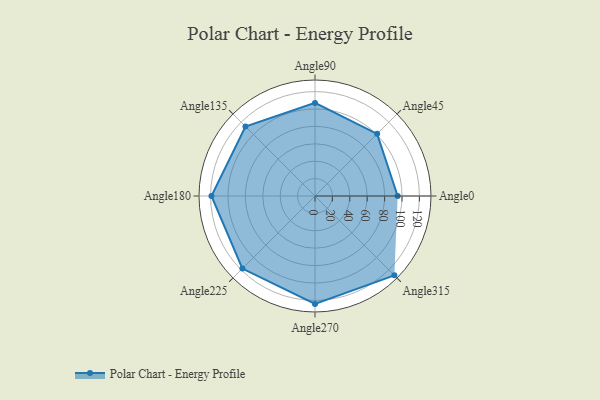
{"axis": {"x": "Angle", "y": "Radius"}, "legend": [""], "data": [{"x": "Angle0", "y": 95.0, "type": ""}, {"x": "Angle45", "y": 101.0, "type": ""}, {"x": "Angle90", "y": 107.0, "type": ""}, {"x": "Angle135", "y": 113.0, "type": ""}, {"x": "Angle180", "y": 119.0, "type": ""}, {"x": "Angle225", "y": 118.0, "type": ""}, {"x": "Angle270", "y": 124.0, "type": ""}, {"x": "Angle315", "y": 129.0, "type": ""}]}